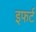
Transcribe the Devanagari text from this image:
इफर्ट